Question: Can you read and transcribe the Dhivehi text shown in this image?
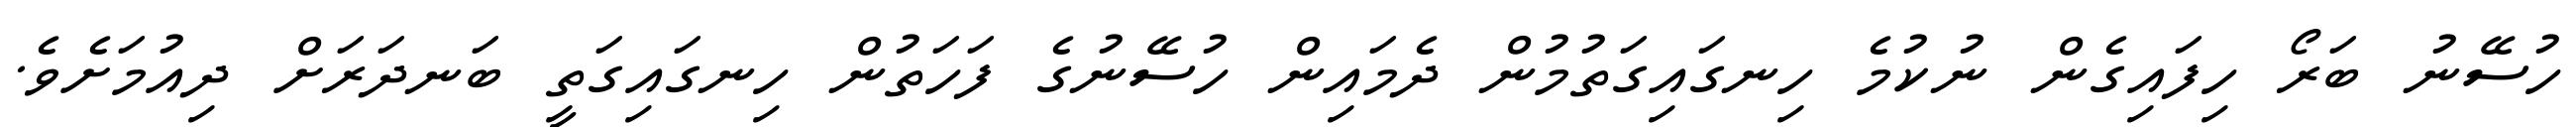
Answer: ހުސޭނު ބަރޯ ހިފައިގެން ނުކުމެ ހިނގައިގަތުމުން ދެމައިން ހުސޭނުގެ ފަހަތުން ހިނގައިގަތީ ބަނދަރަށް ދިއުމަށެވެ.